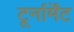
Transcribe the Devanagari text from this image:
टूर्नार्मेंट